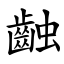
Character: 䶚